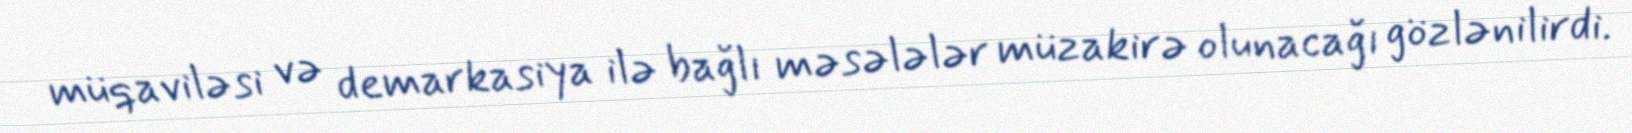
müqaviləsi və demarkasiya ilə bağlı məsələlər müzakirə olunacağı gözlənilirdi.